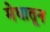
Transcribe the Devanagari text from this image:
मेघातून